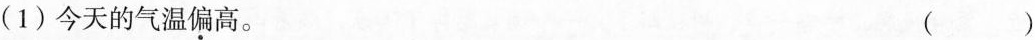
(1)今天的气温偏高。 ()